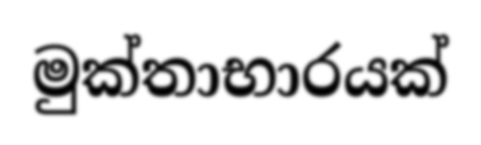
මුක්තාභාරයක්